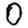
Digit: 0